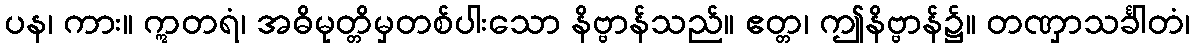
ပန၊ ကား။ ဣတရံ၊ အဓိမုတ္တိမှတစ်ပါးသော နိဗ္ဗာန်သည်။ ဧတ္တ၊ ဤနိဗ္ဗာန်၌။ တဏှာသင်္ခါတံ၊